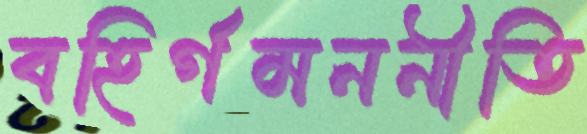
বহির্গমননীতি